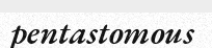
pentastomous